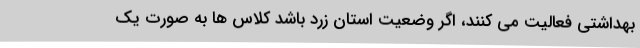
بهداشتی فعالیت می کنند، اگر وضعیت استان زرد باشد کلاس ها به صورت یک